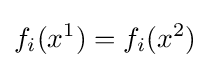
f_{i}(x^{1})=f_{i}(x^{2})